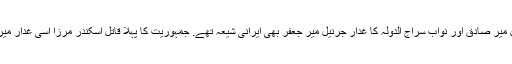
سلطان ٹیپو کا جرنیل میر صادق اور نواب سراج الدولہ کا غدار جرنیل میر جعفر بھی ایرانی شیعہ تھے. جمہوریت کا پہلا قاتل اسکندر مرزا اسی غدار میر جعفر کا پڑپوتا تھا۔